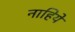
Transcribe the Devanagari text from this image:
नाहिये